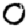
Digit: 0